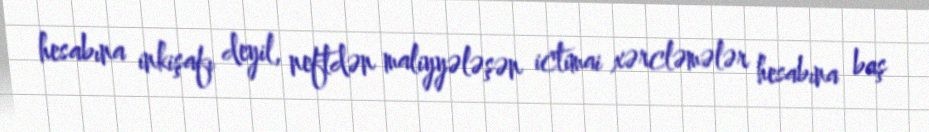
hesabına inkişafı deyil, neftdən maliyyələşən ictimai xərcləmələr hesabına baş